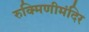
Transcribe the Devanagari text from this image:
रुक्मिणीमंदिर